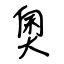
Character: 奧